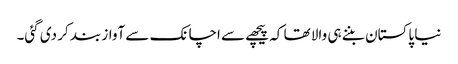
نیا پاکستان بننے ہی والا تھا کہ پیچھے سے اچانک سے آواز بند کر دی گئی۔